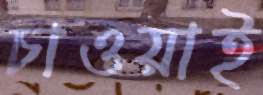
চাওয়াই